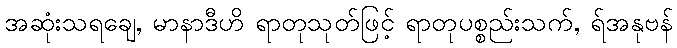
အဆုံးသရချေ, မာနာဒီဟိ ရာတုသုတ်ဖြင့် ရာတုပစ္စည်းသက်, ရ်အနုဗန်